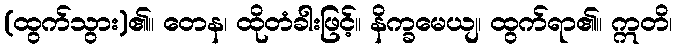
(ထွက်သွား)၏။ တေန၊ ထိုတံခါးဖြင့်။ နိက္ခမေယျ၊ ထွက်ရာ၏။ ဣတိ၊